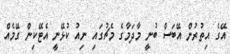
އޭގެ އިތުރުން އޭބަސް ބުނީ މާދަމާގެ މެޗުގައި ނިއު ކުޅޭނީ އެޓޭކިން ގޭމެއް